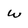
Character: w